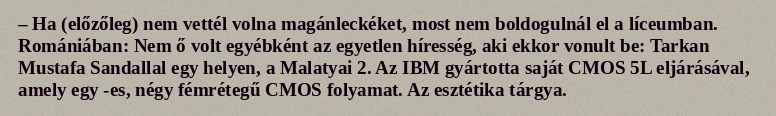
– Ha (előzőleg) nem vettél volna magánleckéket, most nem boldogulnál el a líceumban. Romániában: Nem ő volt egyébként az egyetlen híresség, aki ekkor vonult be: Tarkan Mustafa Sandallal egy helyen, a Malatyai 2. Az IBM gyártotta saját CMOS 5L eljárásával, amely egy -es, négy fémrétegű CMOS folyamat. Az esztétika tárgya.